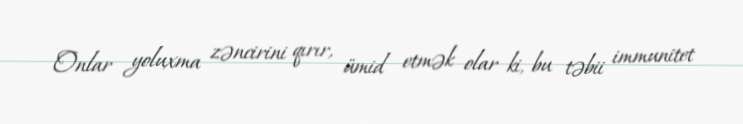
Onlar yoluxma zəncirini qırır, ümid etmək olar ki, bu təbii immunitet